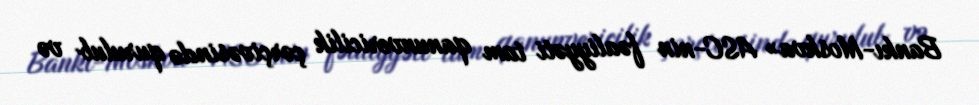
Bankı-Moskva» ASC-nin fəaliyyəti tam qanunvericilik çərçivəsində qurulub və